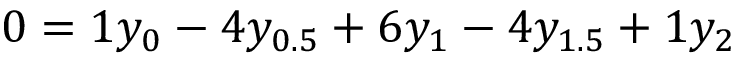
0 = 1 y _ { 0 } - 4 y _ { 0 . 5 } + 6 y _ { 1 } - 4 y _ { 1 . 5 } + 1 y _ { 2 }